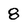
Character: 8